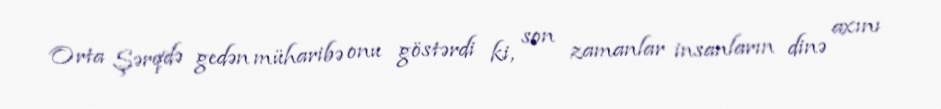
Orta Şərqdə gedən müharibə onu göstərdi ki, son zamanlar insanların dinə axını